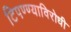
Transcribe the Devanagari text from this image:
टिपण्ण्याविरोधी